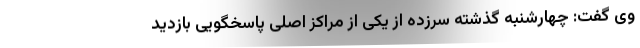
وی گفت: چهارشنبه گذشته سرزده از یکی از مراکز اصلی پاسخگویی بازدید